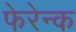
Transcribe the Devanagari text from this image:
फेरेन्क